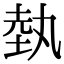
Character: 埶